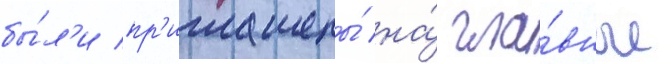
бы́л'и пр'иглашены́ на́ гла́вные